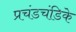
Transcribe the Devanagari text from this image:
प्रचंडचंडिके